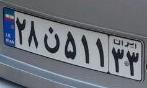
۲۸ن۵۱۱۳۳